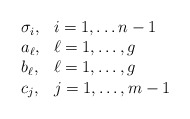
\begin{align*}\begin{array}{ll}\sigma_i, & i=1,\ldots n-1 \\a_\ell , & \ell=1,\ldots,g \\b_\ell, & \ell=1,\ldots,g \\c_j, & j=1,\ldots, m-1\end{array}\end{align*}